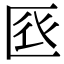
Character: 𠤺